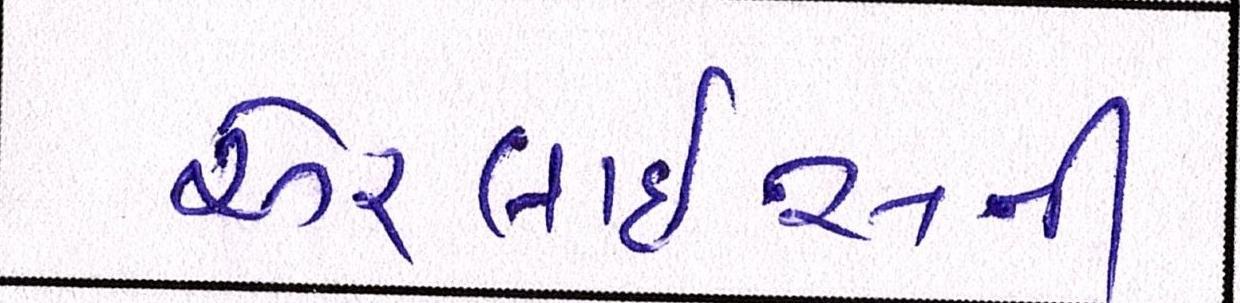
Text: એરલાઇન્સની